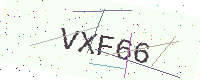
Text: VXF66